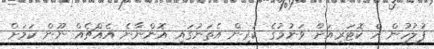
ފުލުހުން އެ ކޮޓަރިއަށް ވަނުމުގެ ކުރިން އެތަނުގައި އޮންނާނެ އެއްޗެއް ނޫން ކަމަށް